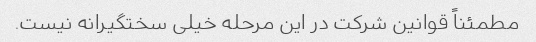
مطمئناً قوانین شرکت در این مرحله خیلی سختگیرانه نیست.